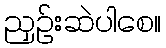
ညှဉ်းဆဲပါစေ။